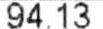
94.13